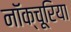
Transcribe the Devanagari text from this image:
नॉक्चूरिया